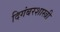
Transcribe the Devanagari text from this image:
दिगंबरशास्त्री